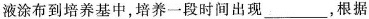
液涂布到培养基中，培养一段时间出现___，根据